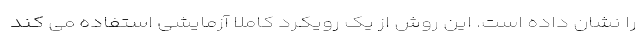
را نشان داده است. این روش از یک رویکرد کاملا آزمایشی استفاده می کند